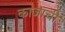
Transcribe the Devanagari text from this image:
काजाची